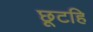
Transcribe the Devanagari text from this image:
छूटहि